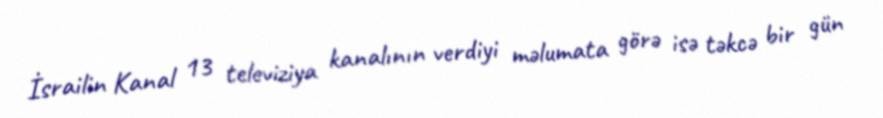
İsrailin Kanal 13 televiziya kanalının verdiyi məlumata görə isə təkcə bir gün